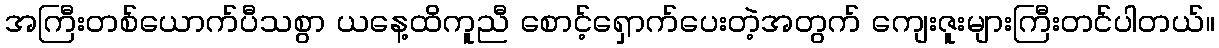
အကြီးတစ်ယောက်ပီသစွာ ယနေ့ထိကူညီ စောင့်ရှောက်ပေးတဲ့အတွက် ကျေးဇူးများကြီးတင်ပါတယ်။